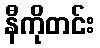
နီကိုတင်း